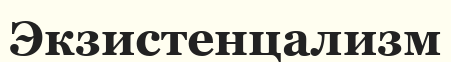
Экзистенцализм